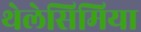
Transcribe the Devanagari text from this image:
थेलेसिमिया